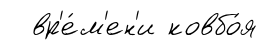
вр'е́м'ен'и ковбо́я